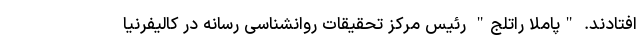
افتادند. "پاملا راتلج" رئیس مرکز تحقیقات روانشناسی رسانه ‌در کالیفرنیا